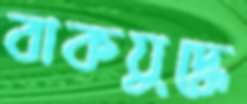
বাকযুদ্ধে